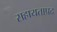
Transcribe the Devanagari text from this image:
सहायताप्रद